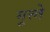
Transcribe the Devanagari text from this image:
गूत्त्ते